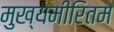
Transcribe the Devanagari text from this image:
मुख्यमीरितम